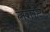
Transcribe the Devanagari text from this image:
लंगोंट